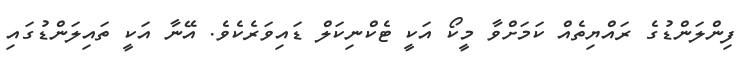
ފިންލަންޑުގެ ރައްޔިތެއް ކަމަށްވާ މީކޯ އަކީ ޓެކްނިކަލް ޑައިވަރެކެވެ. އޭނާ އަކީ ތައިލަންޑުގައި